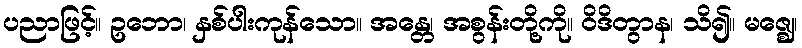
ပညာဖြင့်။ ဥဘော၊ နှစ်ပါးကုန်သော။ အန္တေ၊ အစွန်းတို့ကို။ ဝိဒိတွာန၊ သိ၍။ မဇ္ဈေ၊